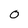
Character: 0